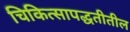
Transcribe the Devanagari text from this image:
चिकित्सापद्धतीतील